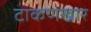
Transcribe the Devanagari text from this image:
टाकणखार